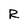
Character: R